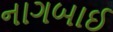
નાગબાઈ